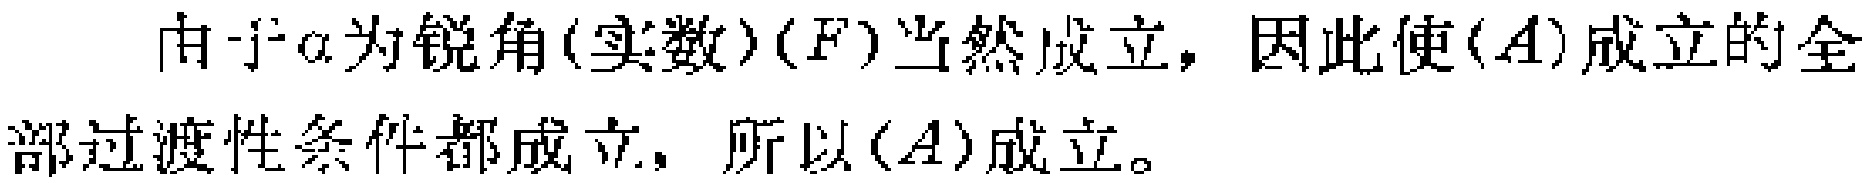
由于\(\alpha\)为锐角(实数)\((F)\)当然成立，因此使\((A)\)成立的全部过渡性条件都成立，所以\((A)\)成立。